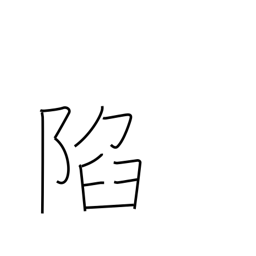
Meaning: fall (castle)